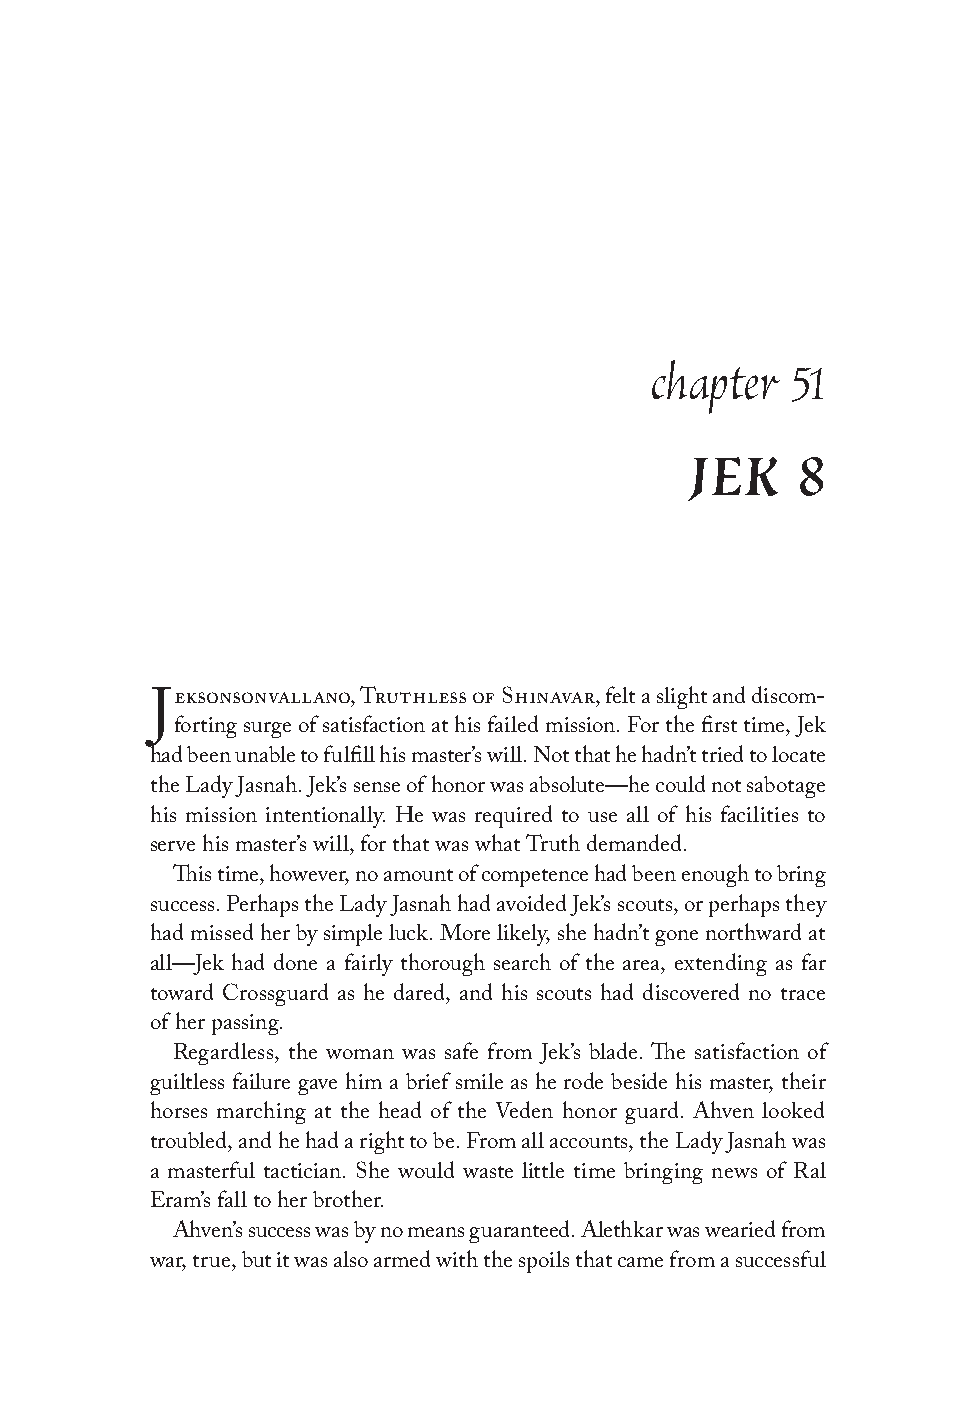
chapter  51
 JEK    8
 eksonsonvallano, Truthless of Shinavar, felt a slight and discom-
 J
 forting surge of satisfaction at his failed mission. For the first time, Jek
 had been unable to fulfill his master’s will. Not that he hadn’t tried to locate
 the Lady Jasnah. Jek’s sense of honor was absolute—he could not sabotage
 his mission intentionally. He was required to use all of his facilities to
 serve his master’s will, for that was what Truth demanded.
 This time, however, no amount of competence had been enough to bring
 success. Perhaps the Lady Jasnah had avoided Jek’s scouts, or perhaps they
 had missed her by simple luck. More likely, she hadn’t gone northward at
 all—Jek had done a fairly thorough search of the area, extending as far
 toward Crossguard as he dared, and his scouts had discovered no trace
 of her passing.
 Regardless, the woman was safe from Jek’s blade. The satisfaction of
 guiltless failure gave him a brief smile as he rode beside his master, their
 horses marching at the head of the Veden honor guard. Ahven looked
 troubled, and he had a right to be. From all accounts, the Lady Jasnah was
 a masterful tactician. She would waste little time bringing news of Ral
 Eram’s fall to her brother.
 Ahven’s success was by no means guaranteed. Alethkar was wearied from
 war, true, but it was also armed with the spoils that came from a successful